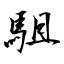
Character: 駔